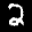
Label: 2